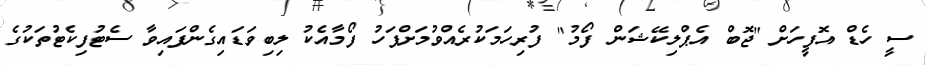
ސީ ހެޑް އޮފީހަށް "ޖޮބް އެޕްލިކޭޝަން ފޯމު" ފުރިހަމަކުރެއްވުމަށްފަހު ފޯމާއެކު ލިބިވަޑައިގެންފައިވާ ސެޓުފިކެޓުތަކުގެ